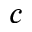
c